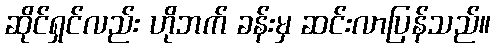
ဆိုင်ရှင်လည်း ဟိုဘက် ခန်းမှ ဆင်းလာပြန်သည်။